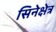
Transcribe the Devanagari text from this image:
सिनेक्षेत्र